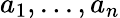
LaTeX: a_{1},...,a_{n}